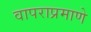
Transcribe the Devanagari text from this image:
वापराप्रमाणे